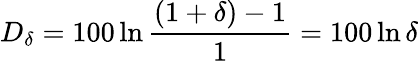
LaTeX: D_{\delta}=100\ln{\frac{(1+\delta)-1}{1}}=100\ln\delta